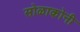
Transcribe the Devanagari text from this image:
सोळाकोनी